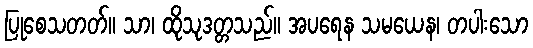
ပြုစေသတတ်။ သာ၊ ထိုသုဒတ္တသည်။ အပရေန သမယေန၊ တပါးသော